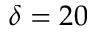
\delta = 2 0